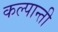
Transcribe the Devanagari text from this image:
कल्पान्ती